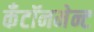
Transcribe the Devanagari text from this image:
कँटॉनमेन्ट